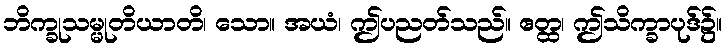
ဘိက္ခုသမ္မုတိယာတိ၊ သော။ အယံ၊ ဤပညတ်သည်။ ဧတ္ထ၊ ဤသိက္ခာပုဒ်၌။